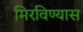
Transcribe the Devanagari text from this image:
मिरविण्यास